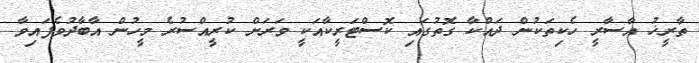
ތާރީޚު އާސާރީ ހެކިތަކުން ދައްކާ ގޮތުގައި ކޮސްޓަރީކާއަކީ ވަރަށް ކުރީއްސުރެ މީހުން އާބާދުވެފައިވާ